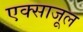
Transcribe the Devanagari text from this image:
एक्साजूल